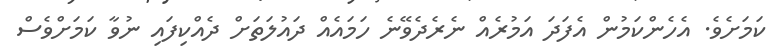
ކަމަށެވެ. އެހެންކަމުން އެފަދަ އަމުރެއް ނެރެދެވޭނެ ހަމައެއް ދައުލަތަށް ދެއްކިފައި ނުވާ ކަމަށްވެސް